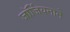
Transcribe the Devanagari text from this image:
जॉर्जियनाने